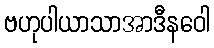
ဗဟုပါယာသာအာဒီနဝေါ